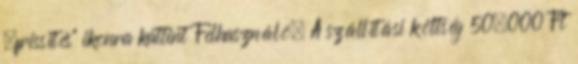
„frissítés” ikonra kattint Felhasználó. A szállítási költség 50.000 Ft